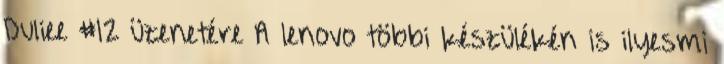
Duliee #12 üzenetére A lenovo többi készülékén is ilyesmi